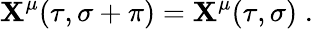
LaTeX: \mathbf{X}^{\mu}(\tau,\sigma+\pi)=\mathbf{X}^{\mu}(\tau,\sigma)\; .